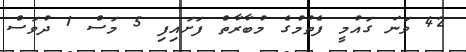
42 ވަނަ ގައުމީ ފެތުމުގެ މުބާރާތް ފަށައިފި 5 މަސް 1 ދުވަސް